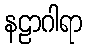
နဠာဂါရာ